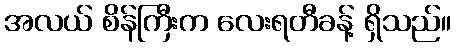
အလယ် စိန်ကြီးက လေးရတီခန့် ရှိသည်။